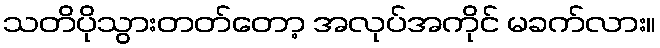
သတိပိုသွားတတ်တော့ အလုပ်အကိုင် မခက်လား။